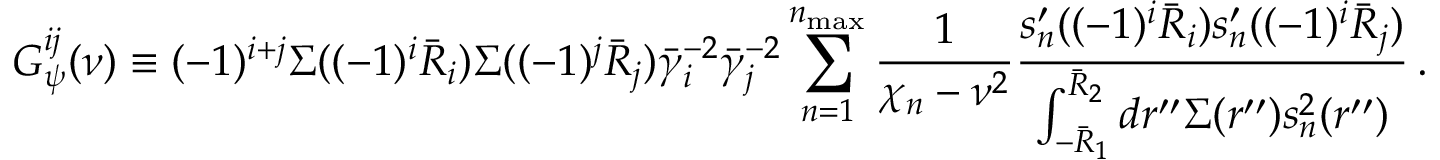
G _ { \psi } ^ { i j } ( \nu ) \equiv ( - 1 ) ^ { i + j } \Sigma ( ( - 1 ) ^ { i } \bar { R } _ { i } ) \Sigma ( ( - 1 ) ^ { j } \bar { R } _ { j } ) \bar { \gamma } _ { i } ^ { - 2 } \bar { \gamma } _ { j } ^ { - 2 } \sum _ { n = 1 } ^ { n _ { \mathrm { m a x } } } \frac { 1 } { \chi _ { n } - \nu ^ { 2 } } \frac { s _ { n } ^ { \prime } ( ( - 1 ) ^ { i } \bar { R } _ { i } ) s _ { n } ^ { \prime } ( ( - 1 ) ^ { i } \bar { R } _ { j } ) } { \int _ { - \bar { R } _ { 1 } } ^ { \bar { R } _ { 2 } } d r ^ { \prime \prime } \Sigma ( r ^ { \prime \prime } ) s _ { n } ^ { 2 } ( r ^ { \prime \prime } ) } \, .